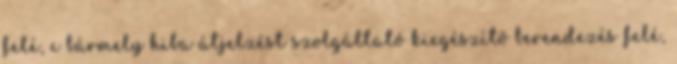
felé, c bármely hiba átjelzést szolgáltató kiegészítõ berendezés felé,